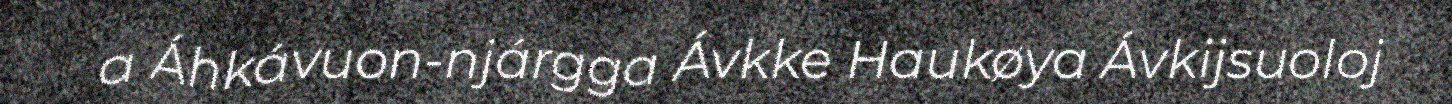
a Áhkávuon-njárgga Ávkke Haukøya Ávkijsuoloj